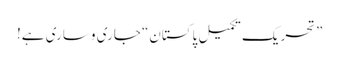
”تحریکِ تکمیلِ پاکستان“ جاری و ساری ہے!